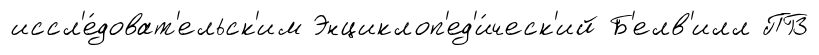
иссл'е́доват'ельск'им Энциклоп'ед'и́ческ'ий Б'елв'илл ПГЗ